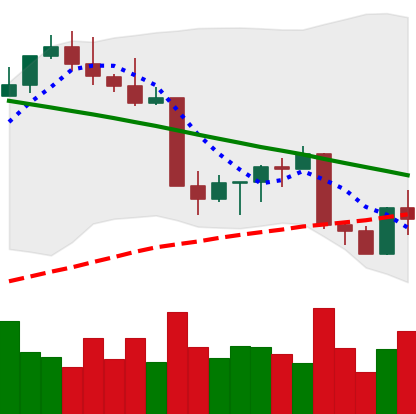
Ticker: ETH-USD
Chart end date: 2022-08-30
Forward return: 3.531%
Label: up_3_5